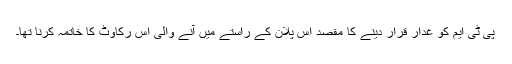
پی ٹی ایم کو غدار قرار دینے کا مقصد اس پلان کے راستے میں آنے والی اس رکاوٹ کا خاتمہ کرنا تھا۔